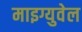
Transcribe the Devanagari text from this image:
माइग्युवेल